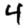
Digit: 4